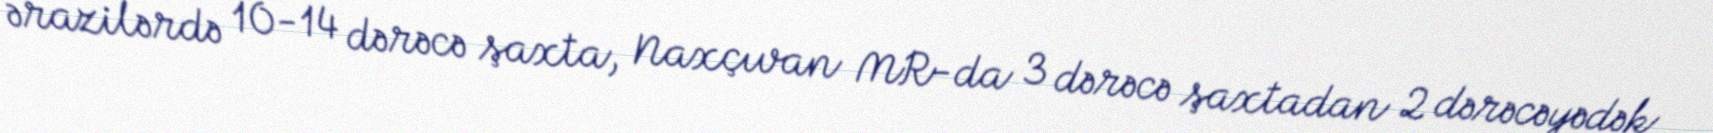
ərazilərdə 10-14 dərəcə şaxta, Naxçıvan MR-da 3 dərəcə şaxtadan 2 dərəcəyədək